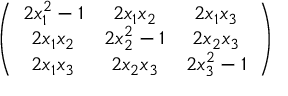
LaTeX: \left( \begin{array} { c c c } { { 2 x _ { 1 } ^ { 2 } - 1 } } & { { 2 x _ { 1 } x _ { 2 } } } & { { 2 x _ { 1 } x _ { 3 } } } \\ { { 2 x _ { 1 } x _ { 2 } } } & { { 2 x _ { 2 } ^ { 2 } - 1 } } & { { 2 x _ { 2 } x _ { 3 } } } \\ { { 2 x _ { 1 } x _ { 3 } } } & { { 2 x _ { 2 } x _ { 3 } } } & { { 2 x _ { 3 } ^ { 2 } - 1 } } \end{array} \right)